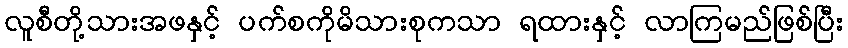
လူစီတို့သားအဖနှင့် ပက်စကိုမိသားစုကသာ ရထားနှင့် လာကြမည်ဖြစ်ပြီး